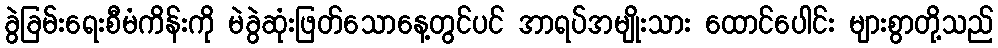
ခွဲခြမ်းရေးစီမံကိန်းကို မဲခွဲဆုံးဖြတ်သောနေ့တွင်ပင် အာရပ်အမျိုးသား ထောင်ပေါင်း များစွာတို့သည်